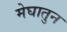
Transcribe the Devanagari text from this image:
मेघातुन